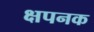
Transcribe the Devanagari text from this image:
क्षपनक